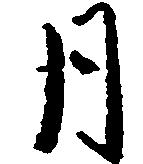
月